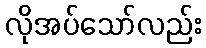
လိုအပ်သော်လည်း